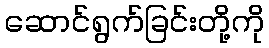
ဆောင်ရွက်ခြင်းတို့ကို